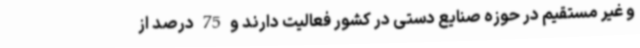
و غیر مستقیم در حوزه صنایع دستی در کشور فعالیت دارند و 75 درصد از